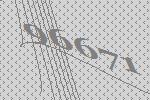
96671